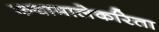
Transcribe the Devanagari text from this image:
कथामालेकरिता